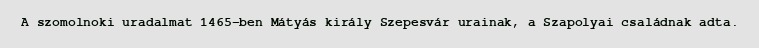
A szomolnoki uradalmat 1465-ben Mátyás király Szepesvár urainak, a Szapolyai családnak adta.